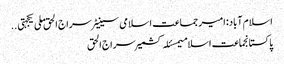
اسلام آباد:امیر جماعت اسلامی سینیٹر سراج الحق ملی یکجہتی ..
پاکستانجماعت اسلامیمسئلہ کشمیرسراج الحق